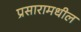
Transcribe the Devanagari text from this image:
प्रसारामधील